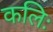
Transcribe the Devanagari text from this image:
कलिः